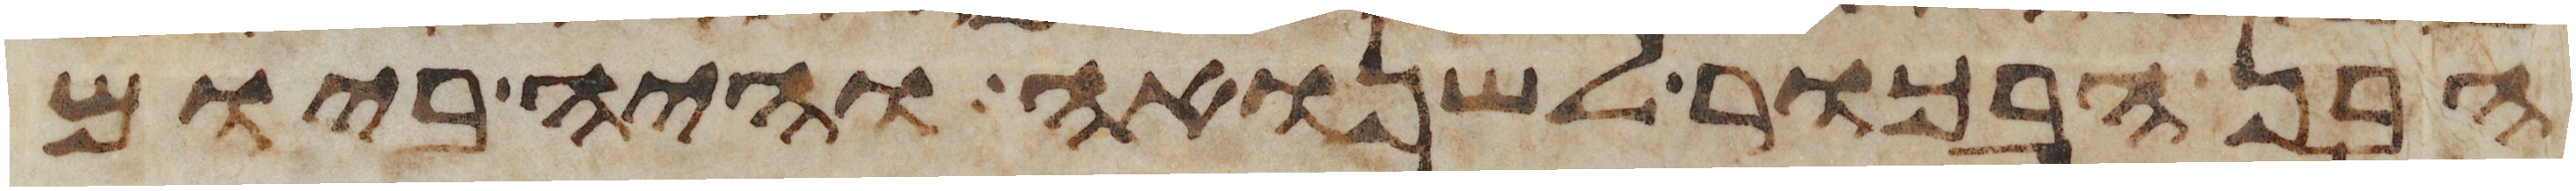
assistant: הבן הבכור לשנואה והיה ביום